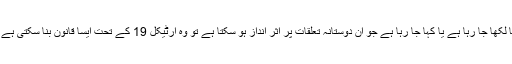
اور حکومت سمجھے کہ کچھ ایسا لکھا جا رہا ہے یا کہا جا رہا ہے جو ان دوستانہ تعلقات پر اثر انداز ہو سکتا ہے تو وہ آرٹیکل 19 کے تحت ایسا قانون بنا سکتی ہے جو اس عمل کی ممانعت کر دے۔